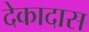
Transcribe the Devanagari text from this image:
देकादास